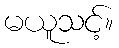
မယူသင့်။